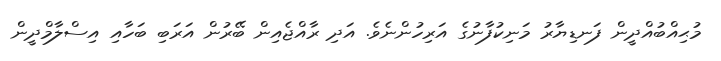
މުޙިއްބުއްދީން ފަނޑިޔާރު މަނިކުފާނުގެ އަރިހުންނެވެ. އަދި ރާއްޖެއިން ބޭރުން އަރަބި ބަހާއި އިސްލާމްދީން